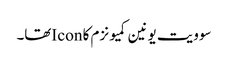
سوویت یونین کمیونزم کا Iconتھا۔